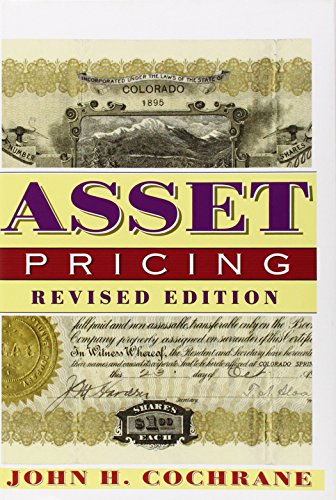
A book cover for Asset Pricing; John H. Cochrane; Business & Money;